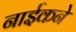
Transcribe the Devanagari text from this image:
नाईकने